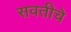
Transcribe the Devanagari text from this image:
सवतीचे